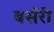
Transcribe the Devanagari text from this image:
बर्सरी